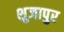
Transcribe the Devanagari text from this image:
शुजापुर